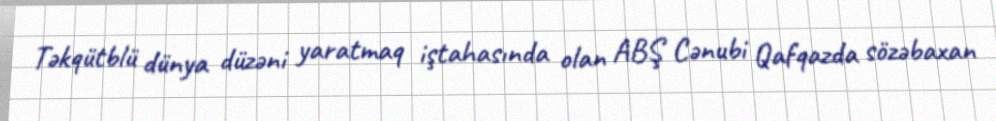
Təkqütblü dünya düzəni yaratmaq iştahasında olan ABŞ Cənubi Qafqazda sözəbaxan